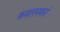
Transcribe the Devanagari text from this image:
कमलनयनं